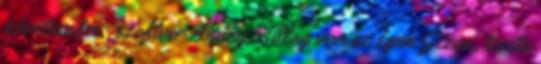
következőre: szoftver Ahány csillag van az égen Jézus, tiszta